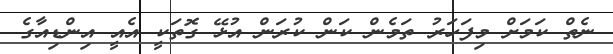
ނެތް ކަމަށް މިފަހަރު ތަމެން ކަން ކުރަން އުޅޭ ގޮތަކީ އެއީ އިންޑިއާގެ